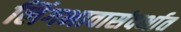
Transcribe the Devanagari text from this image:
लिंगभावासंदर्भात